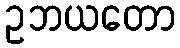
ဥဘယတော